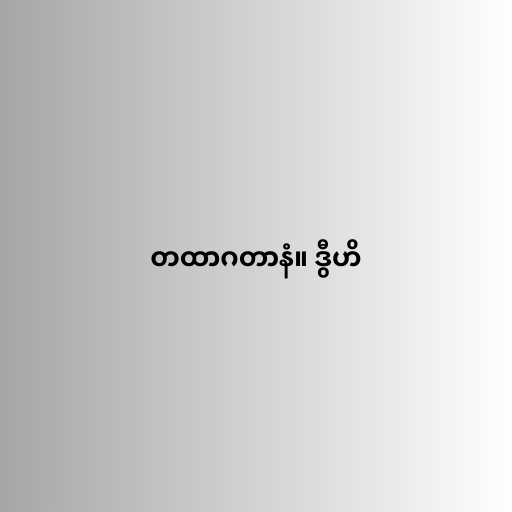
တထာဂတာနံ။ ဒွီဟိ